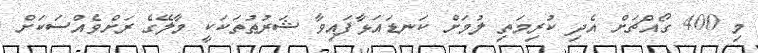
މި 400 ގޯއްޗަށް އެދި ކުރިމަތި ލުމަށް ކަނޑައަޅާފައިވާ ޝަރުޠުތަކަކީ މާލޭގެ ރަށްވެއްސަކަށް